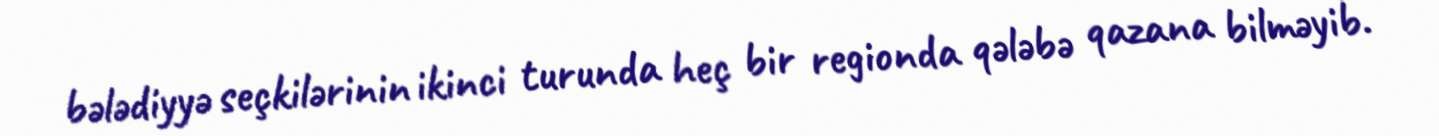
bələdiyyə seçkilərinin ikinci turunda heç bir regionda qələbə qazana bilməyib.